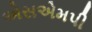
એસએમપી